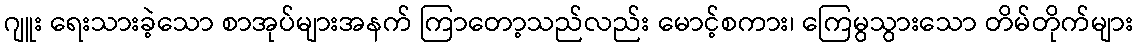
ဂျူး ရေးသားခဲ့သော စာအုပ်များအနက် ကြာတော့သည်လည်း မောင့်စကား၊ ကြေမွသွားသော တိမ်တိုက်များ